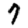
Digit: 7